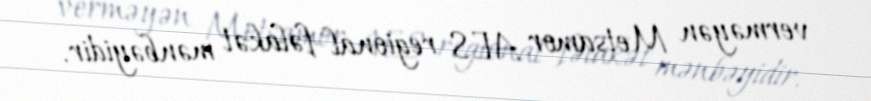
verməyən Metsamor AES regional fəlakət mənbəyidir.